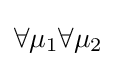
{\textstyle \forall \mu _{1}\forall \mu _{2}}